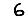
Digit: 6